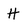
Character: H